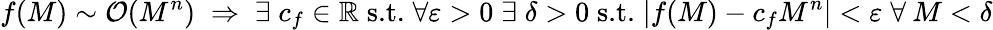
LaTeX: f(M)\sim\mathcal{O}(M^{n})\; \Rightarrow\; \exists\; c_{f}\in\mathbb{R}\; \textrm{s.t.}\; \forall\varepsilon>0\; \exists\; \delta>0\; \textrm{s.t.}\; |f(M)-c_{f}M^{n}|<\varepsilon\; \forall\: M<\delta